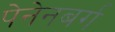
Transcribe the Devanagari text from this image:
पेनेनबर्ग